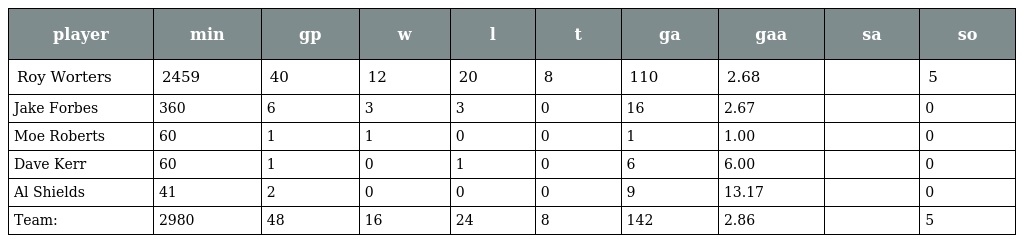
| player | min | gp | w | l | t | ga | gaa | sa | so |
 | --- | --- | --- | --- | --- | --- | --- | --- | --- | --- |
 | Roy Worters | 2459 | 40 | 12 | 20 | 8 | 110 | 2.68 |  | 5 |
 | Jake Forbes | 360 | 6 | 3 | 3 | 0 | 16 | 2.67 |  | 0 |
 | Moe Roberts | 60 | 1 | 1 | 0 | 0 | 1 | 1.00 |  | 0 |
 | Dave Kerr | 60 | 1 | 0 | 1 | 0 | 6 | 6.00 |  | 0 |
 | Al Shields | 41 | 2 | 0 | 0 | 0 | 9 | 13.17 |  | 0 |
 | Team: | 2980 | 48 | 16 | 24 | 8 | 142 | 2.86 |  | 5 |